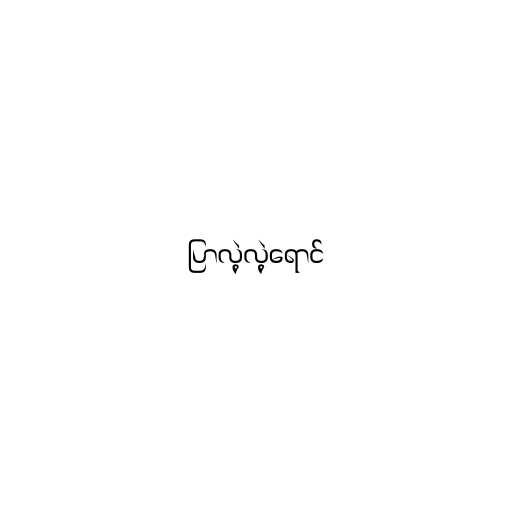
ပြာလဲ့လဲ့ရောင်